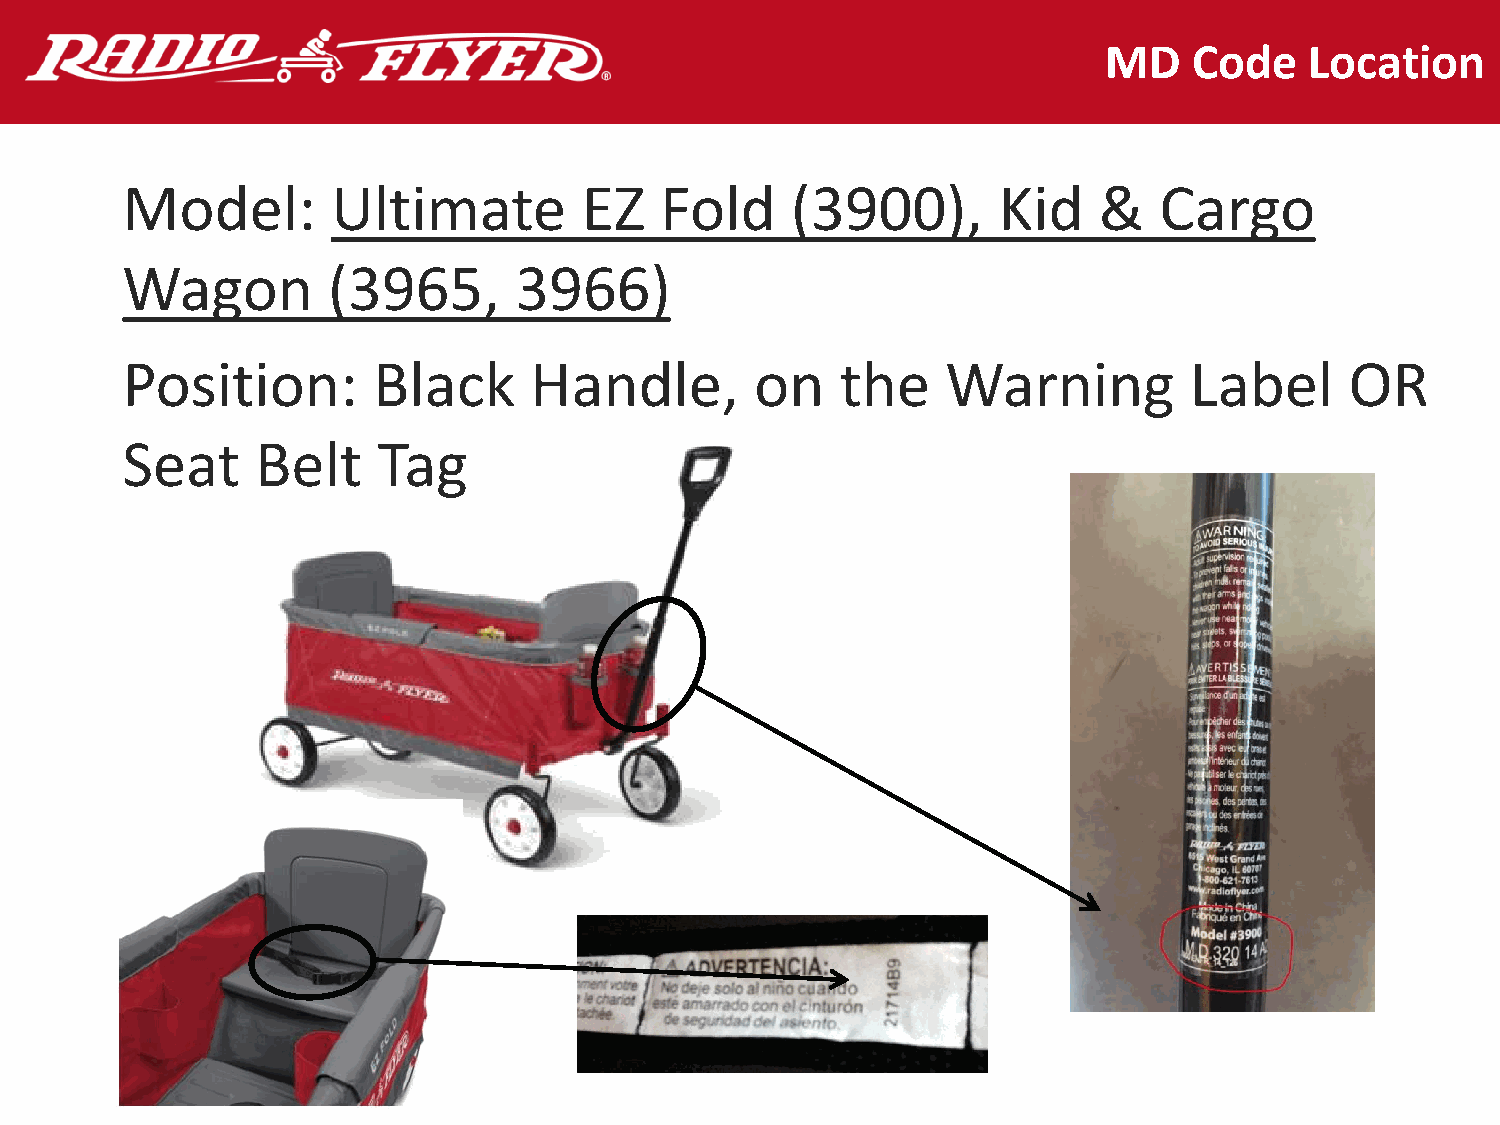
MD    Code    Location
 Model:        Ultimate         EZ   Fold    (3900),       Kid    &   Cargo
 Wagon         (3965,      3966)
 Position:        Black     Handle,        on    the    Warning         Label     OR
 Seat     Belt    Tag